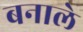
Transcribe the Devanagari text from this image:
बनाले